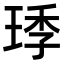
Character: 㻑